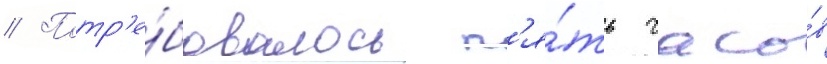
// Потр'е́бовалось п'я́ть часо́в